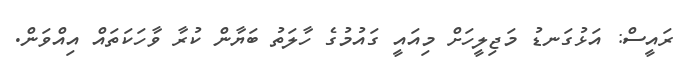
ރައީސް: އަޅުގަނޑު މަޖިލީހަށް މިއައީ ގައުމުގެ ހާލަތު ބަޔާން ކުރާ ވާހަކަތައް އިއްވަން.